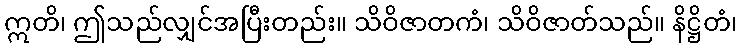
ဣတိ၊ ဤသည်လျှင်အပြီးတည်း။ သိဝိဇာတကံ၊ သိဝိဇာတ်သည်။ နိဋ္ဌိတံ၊